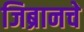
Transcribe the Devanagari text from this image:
जिब्रानचे